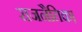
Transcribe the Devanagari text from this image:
राजनैतिक।